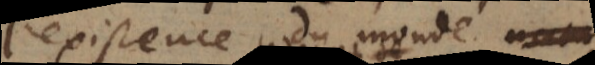
l’existence du monde